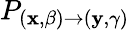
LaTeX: P_{\left(\mathbf{x},\beta\right)\rightarrow\left(\mathbf{y},\gamma\right)}